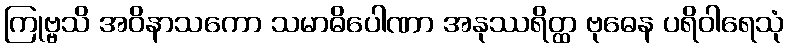
ကြုဗ္ဗသိ အဝိနာသကော သမာဓိပေါဏာ အနုဿရိတ္ထ ဗုဓေန ပရိဝါရေသုံ